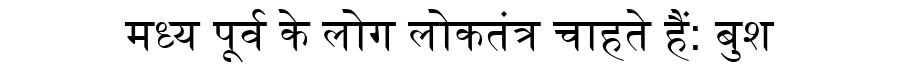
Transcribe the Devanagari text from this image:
मध्य पूर्व के लोग लोकतंत्र चाहते हैं: बुश